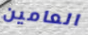
العامين